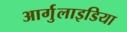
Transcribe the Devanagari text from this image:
आर्गुलाइडिया